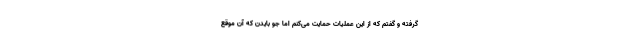
گرفته و گفتم که از این عملیات حمایت می‌کنم اما جو بایدن که آن موقع